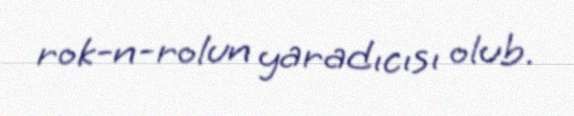
rok-n-rolun yaradıcısı olub.